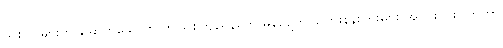
သစ်ပင်များက ခြောက်သွေ့ကာ ကျည်စကျည်နတွေ မှန်လျက်၊ ကြေးနန်းကြိုးများ အပိုင်းပိုင်းပြတ်ကာ